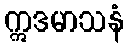
ဣဒမာသနံ